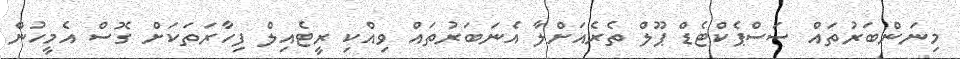
މިނަންބަރުތައް ސަސްޕެކްޓެޑް ޕޫލް ތެރެއަށްލާ އެނަބަރުތައް ވިއްކި ރީޓެއިލް ފިހާރަތަކަށް ގޮސް އެމީހުން